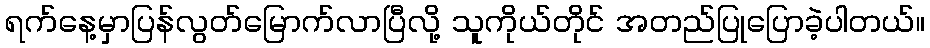
ရက်နေ့မှာပြန်လွတ်မြောက်လာပြီလို့ သူကိုယ်တိုင် အတည်ပြုပြောခဲ့ပါတယ်။